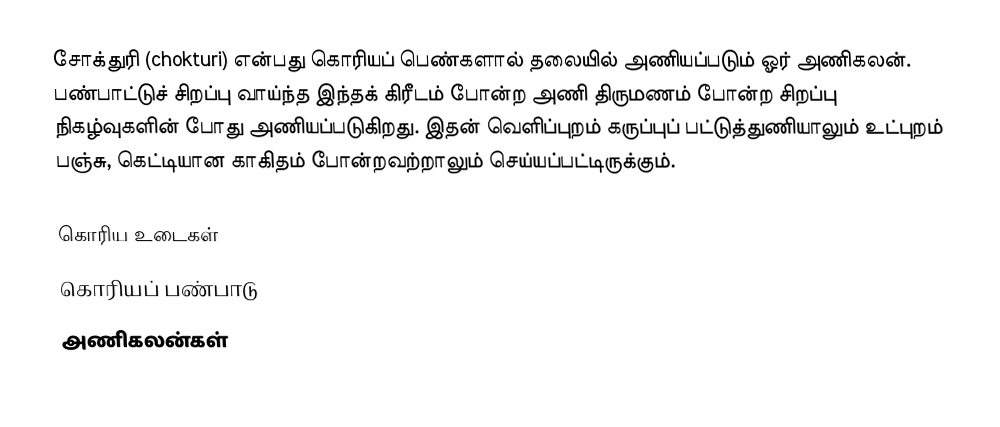
சோக்துரி (chokturi) என்பது கொரியப் பெண்களால் தலையில் அணியப்படும் ஓர் அணிகலன். பண்பாட்டுச் சிறப்பு வாய்ந்த இந்தக் கிரீடம் போன்ற அணி திருமணம் போன்ற சிறப்பு நிகழ்வுகளின் போது அணியப்படுகிறது. இதன் வெளிப்புறம் கருப்புப் பட்டுத்துணியாலும் உட்புறம் பஞ்சு, கெட்டியான காகிதம் போன்றவற்றாலும் செய்யப்பட்டிருக்கும்.

கொரிய உடைகள்
கொரியப் பண்பாடு
அணிகலன்கள்